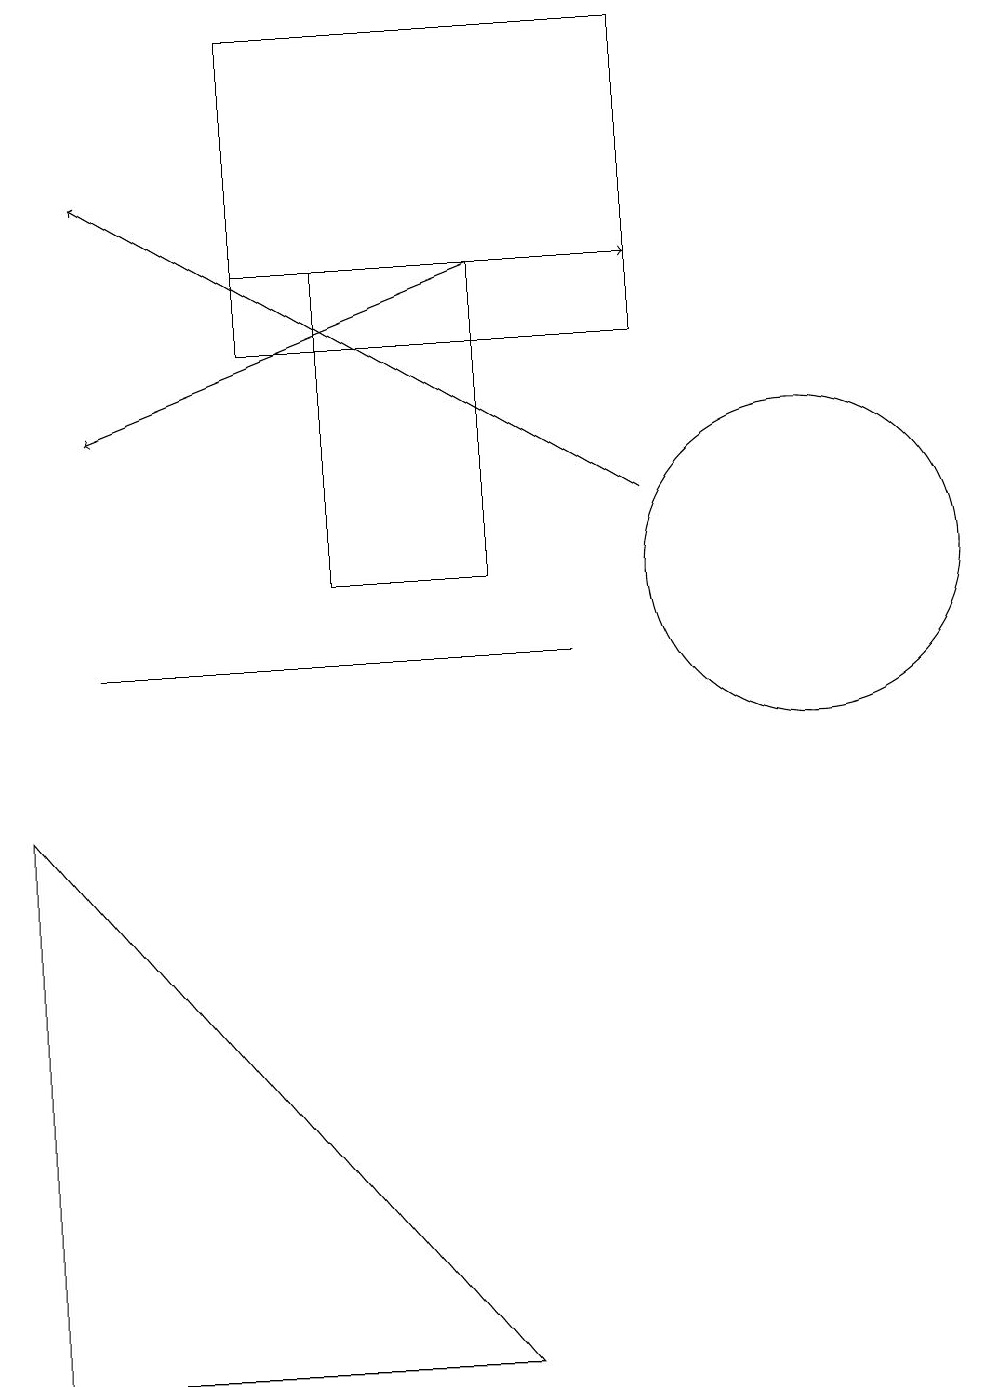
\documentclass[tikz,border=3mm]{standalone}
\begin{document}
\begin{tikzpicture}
\draw[->] (6,15) -- (1,13);
\draw (7,10) rectangle (1,10);
\draw (0,8) -- (6,1) -- (0,1) -- cycle;
\draw (10,11) circle (2);
\draw[->] (8,12) -- (1,16);
\draw (6,15) rectangle (4,11);
\draw[->] (3,15) -- (8,15);
\draw (3,18) rectangle (8,14);
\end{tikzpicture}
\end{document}